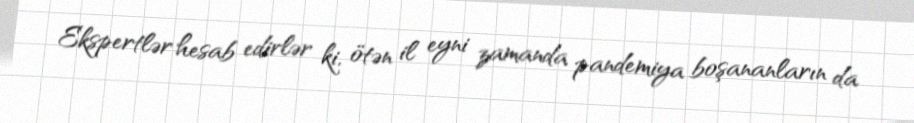
Ekspertlər hesab edirlər ki, ötən il eyni zamanda pandemiya boşananların da